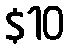
$10